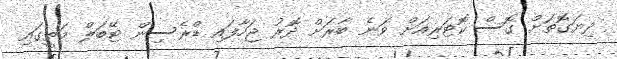
ދިޔަގޮތަށް ގޮސް ކޮޓަރިއަށް ވަނެ ބާރަށް ދޮރު ޖަހާފައި ޑްރެސިން ޓޭބަލް މަތީގައި